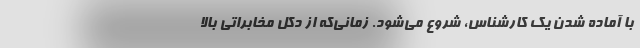
با آماده شدن یک کارشناس، شروع می‌شود. زمانی‌که از دکل مخابراتی بالا